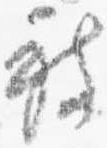
被